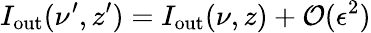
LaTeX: I_{\mathrm{out}}(\nu^{\prime},z^{\prime})=I_{\mathrm{out}}(\nu,z)+\mathcal{O}(\epsilon^{2})